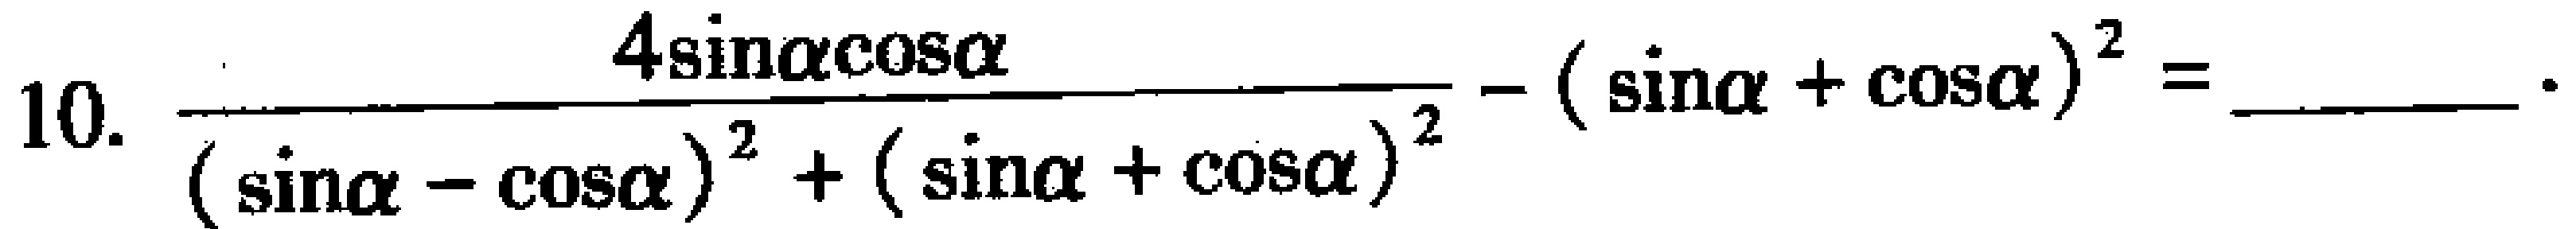
10. $\dfrac{4\sin\alpha\cos\alpha}{(\sin\alpha - \cos\alpha)^{2}+(\sin\alpha + \cos\alpha)^{2}}-(\sin\alpha + \cos\alpha)^{2}=$